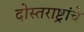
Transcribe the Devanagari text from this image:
दोस्तराष्ट्रांचे